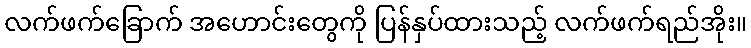
လက်ဖက်ခြောက် အဟောင်းတွေကို ပြန်နှပ်ထားသည့် လက်ဖက်ရည်အိုး။